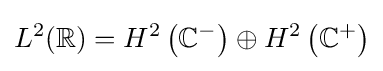
L^{2}(\mathbb {R} )=H^{2}\left(\mathbb {C} ^{-}\right)\oplus H^{2}\left(\mathbb {C} ^{+}\right)